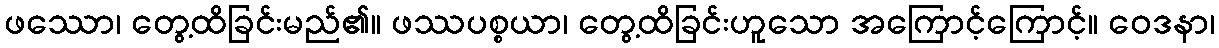
ဖဿော၊ တွေ့ထိခြင်းမည်၏။ ဖဿပစ္စယာ၊ တွေ့ထိခြင်းဟူသော အကြောင့်ကြောင့်။ ဝေဒနာ၊